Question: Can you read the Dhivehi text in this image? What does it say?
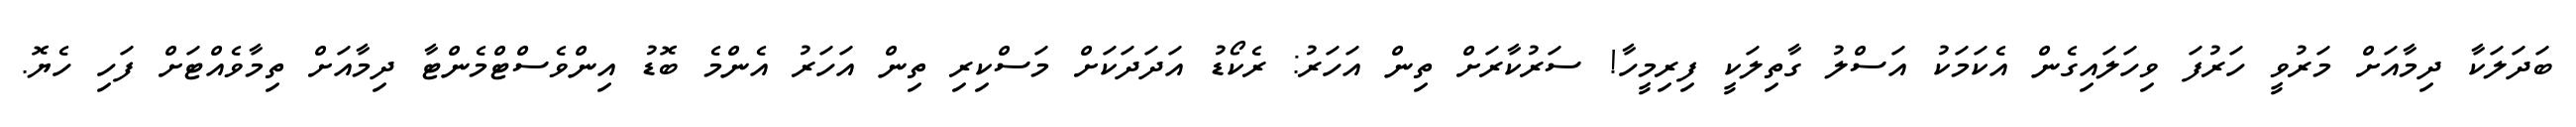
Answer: ބަދަލަކާ ދިމާއަށް މަރުވީ ހަރުފަ ވިހަލައިގެން އެކަމަކު އަސްލު ގާތިލަކީ ފިރިމީހާ! ސަރުކާރަށް ތިން އަހަރު: ރެކޯޑު އަދަދަކަށް މަސްކިރި ތިން އަހަރު އެންމެ ބޮޑު އިންވެސްޓްމެންޓާ ދިމާއަށް ތިމާވެއްޓަށް ފަހި ހެޔޮ.